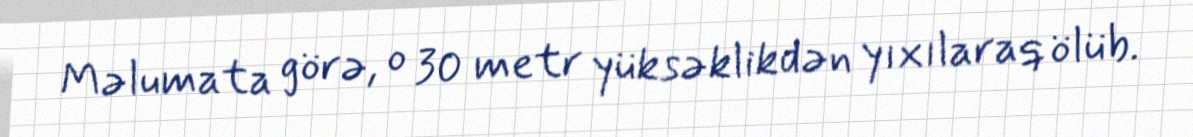
Məlumata görə, o 30 metr yüksəklikdən yıxılaraq ölüb.